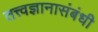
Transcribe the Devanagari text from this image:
तत्त्वज्ञानासंबंधी